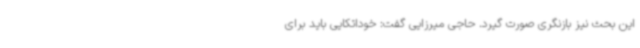
این بحث نیز بازنگری صورت گیرد. حاجی میرزایی گفت: خوداتکایی باید برای